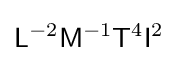
{\mathsf {L}}^{-2}{\mathsf {M}}^{-1}{\mathsf {T}}^{4}{\mathsf {I}}^{2}